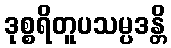
ဒုစ္စရိတူပသမ္ပဒန္တိ